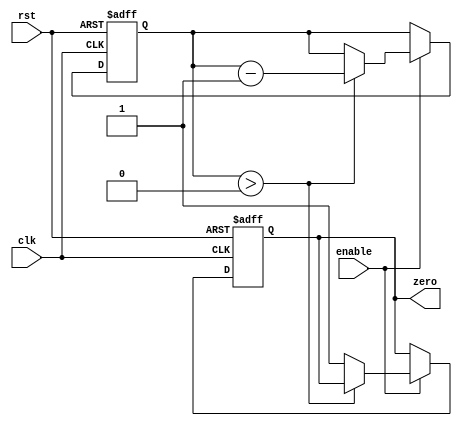
module binary_down_counter (
  input wire enable,
  input wire clk,
  input wire rst,
  output reg zero
);

  reg [7:0] count;

  always @(posedge clk or negedge rst) begin
    if (rst == 0) begin
      count <= 8'b0;
      zero <= 0;
    end else if (enable == 1) begin
      if (count > 0) begin
        count <= count - 1;
      end else begin
        zero <= 1;
      end
    end
  end

endmodule